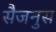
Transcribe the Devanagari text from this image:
सैजनुस